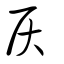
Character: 戻